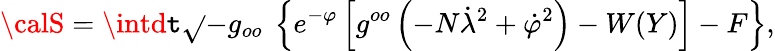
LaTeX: {\calS}={\displaystyle\intd\mathtt{t}\sqrt{}{{-g_{oo}}}\ \left\{ e^{-\varphi}\left[g^{oo}\left(-N\dot{{\lambda}}^{2}+\dot{{\varphi}}^{2}\right)-W(Y)\right]-F\right\} },